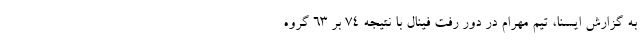
به گزارش ایسنا، تیم مهرام در دور رفت فینال با نتیجه ۷۴ بر ۶۳ گروه